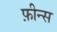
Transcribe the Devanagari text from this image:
फ़ीन्स